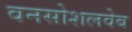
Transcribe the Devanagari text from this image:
वनसोशलवेब